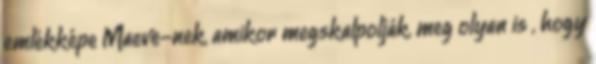
emlékképe Maeve-nek, amikor megskalpolják, meg olyan is , hogy